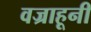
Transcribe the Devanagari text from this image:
वज्राहूनी